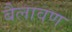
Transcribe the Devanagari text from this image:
बैलावण